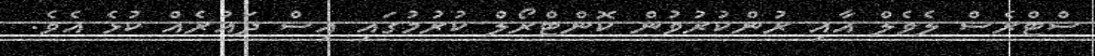
ސްޓްރެސް ލެވެލް އާއި ރުންކުރުވުން ކޮންޓްރޯލް ކުރުމުގައި އިސް ދައުރެއް ކުޅެ އެވެ.